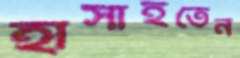
হাসাইতেন